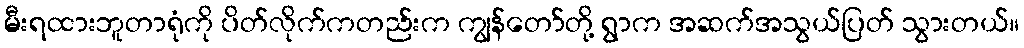
မီးရထားဘူတာရုံကို ပိတ်လိုက်ကတည်းက ကျွန်တော်တို့ ရွာက အဆက်အသွယ်ပြတ် သွားတယ်။